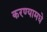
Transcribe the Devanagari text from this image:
करण्यामधे